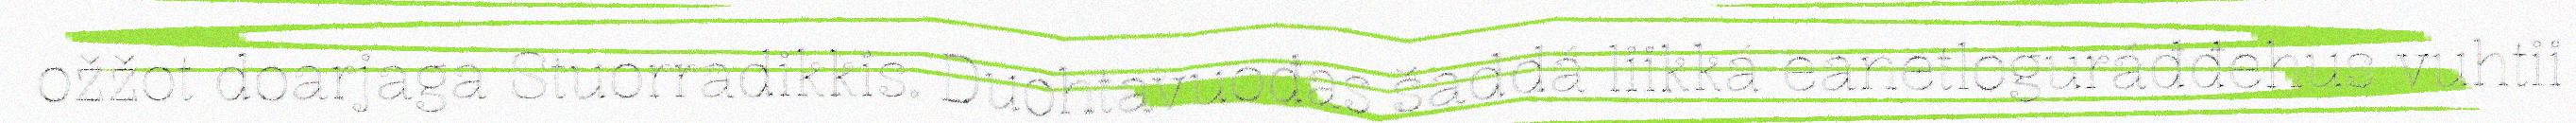
ožžot doarjaga Stuorradikkis. Duohtavuođas šaddá liikká eanetloguráđđehus vuhtii